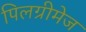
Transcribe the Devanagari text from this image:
पिलग्रीमेज